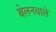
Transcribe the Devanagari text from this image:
बेलनवाले